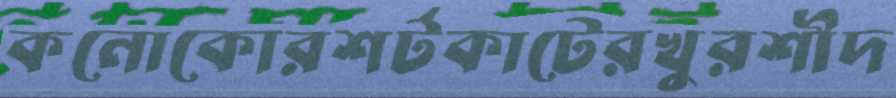
কনোকোরশর্টকাটেরখুরশীদ